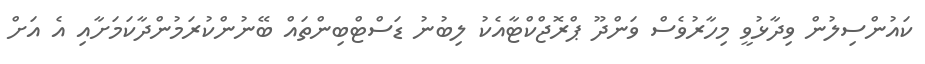
ކައުންސިލުން ވިދާޅުވީ މިހާރުވެސް ވަންދޫ ޕްރޮޖްކްޓާއެކު ލިބުނު ޑަސްޓްބިންތައް ބޭނުންކުރަމުންދާކަމަށާއި އެ އަށް